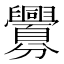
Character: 𮍲